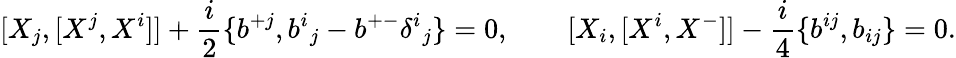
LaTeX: [X_{j},[X^{j},X^{i}]]+{\frac{i}{2}}\{ b^{+j},b^{i}{}_{j}-b^{+-}\delta^{i}{}_{j}\} =0,\qquad[X_{i},[X^{i},X^{-}]]-{\frac{i}{4}}\{ b^{ij},b_{ij}\} =0.